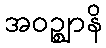
အဝဉ္ဈာနိ